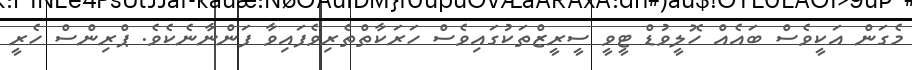
މެގަން އަކީވެސް ބައެއް ހޮލީވުޑް ޓީވީ ސީރީޒްތަކުގައިވެސް ހަރަކާތްތެރިވެފައިވާ ފަންނާނެކެވެ. ޕްރިންސް ހެރީ